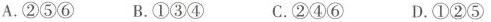
A.②⑤⑥ B.①③④ C.②④⑥ D.①②⑤